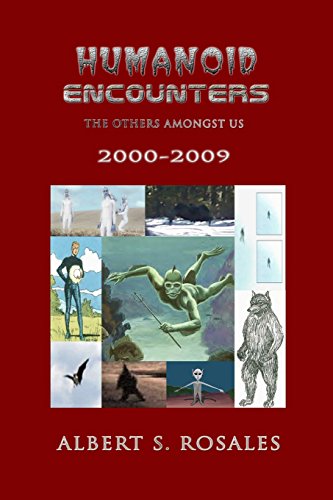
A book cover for Humanoid Encounters 2000-2009: The Others Amongst Us; Albert S Rosales; Religion & Spirituality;